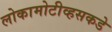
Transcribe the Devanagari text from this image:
लोकामोटीव्हसकडे